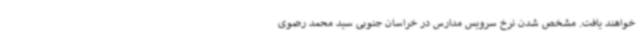
خواهند یافت. مشخص شدن نرخ سرویس مدارس در خراسان جنوبی سید محمد رضوی